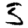
Digit: 5